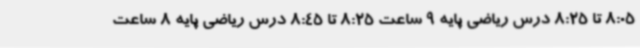
8:05 تا 8:25 درس ریاضی پایه 9 ساعت 8:25 تا 8:45 درس ریاضی پایه 8 ساعت